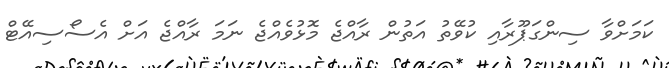
ކަމަށްވާ ސިންގަޕޫރާއި ކުވޭތު އަތުން ރާއްޖެ މޮޅުވެއްޖެ ނަމަ ރާއްޖެ އަށް އެސޯސިއޭޓް